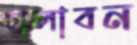
চালাবন